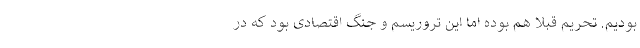
بودیم. تحریم قبلا هم بوده اما این تروریسم و جنگ اقتصادی بود که در